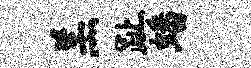
羔趾蟠